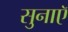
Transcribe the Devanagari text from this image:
सुनाएॅ